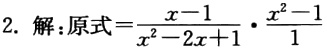
2. 解：原式\(=\frac{x - 1}{x^{2}-2x + 1}\cdot\frac{x^{2}-1}{1}\)